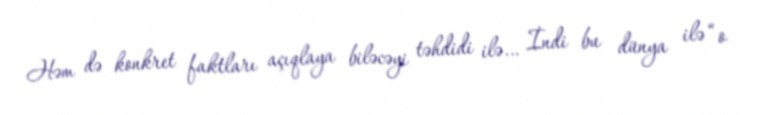
Həm də konkret faktları açıqlaya biləcəyi təhdidi ilə… İndi bu dünya ilə “o